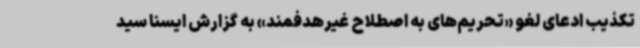
تکذیب ادعای لغو «تحریم‌های به اصطلاح غیرهدفمند» به گزارش ایسنا سید